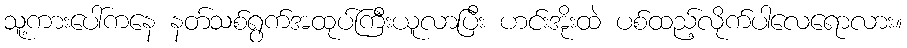
သူ့ကားပေါ်ကနေ နတ်သစ်ရွက်အထုပ်ကြီးယူလာပြီး ဟင်းအိုးထဲ ပစ်ထည့်လိုက်ပါလေရောလား။